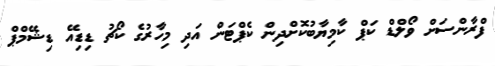
ފްރާންސަށް ވޯލްޑް ކަޕް ކާމިޔާބުކޮށްދިން ކެޕްޓަން އަދި މިހާރުގެ ކޯޗު ޑިޑިއޭ ޑިޝޭމްޕް